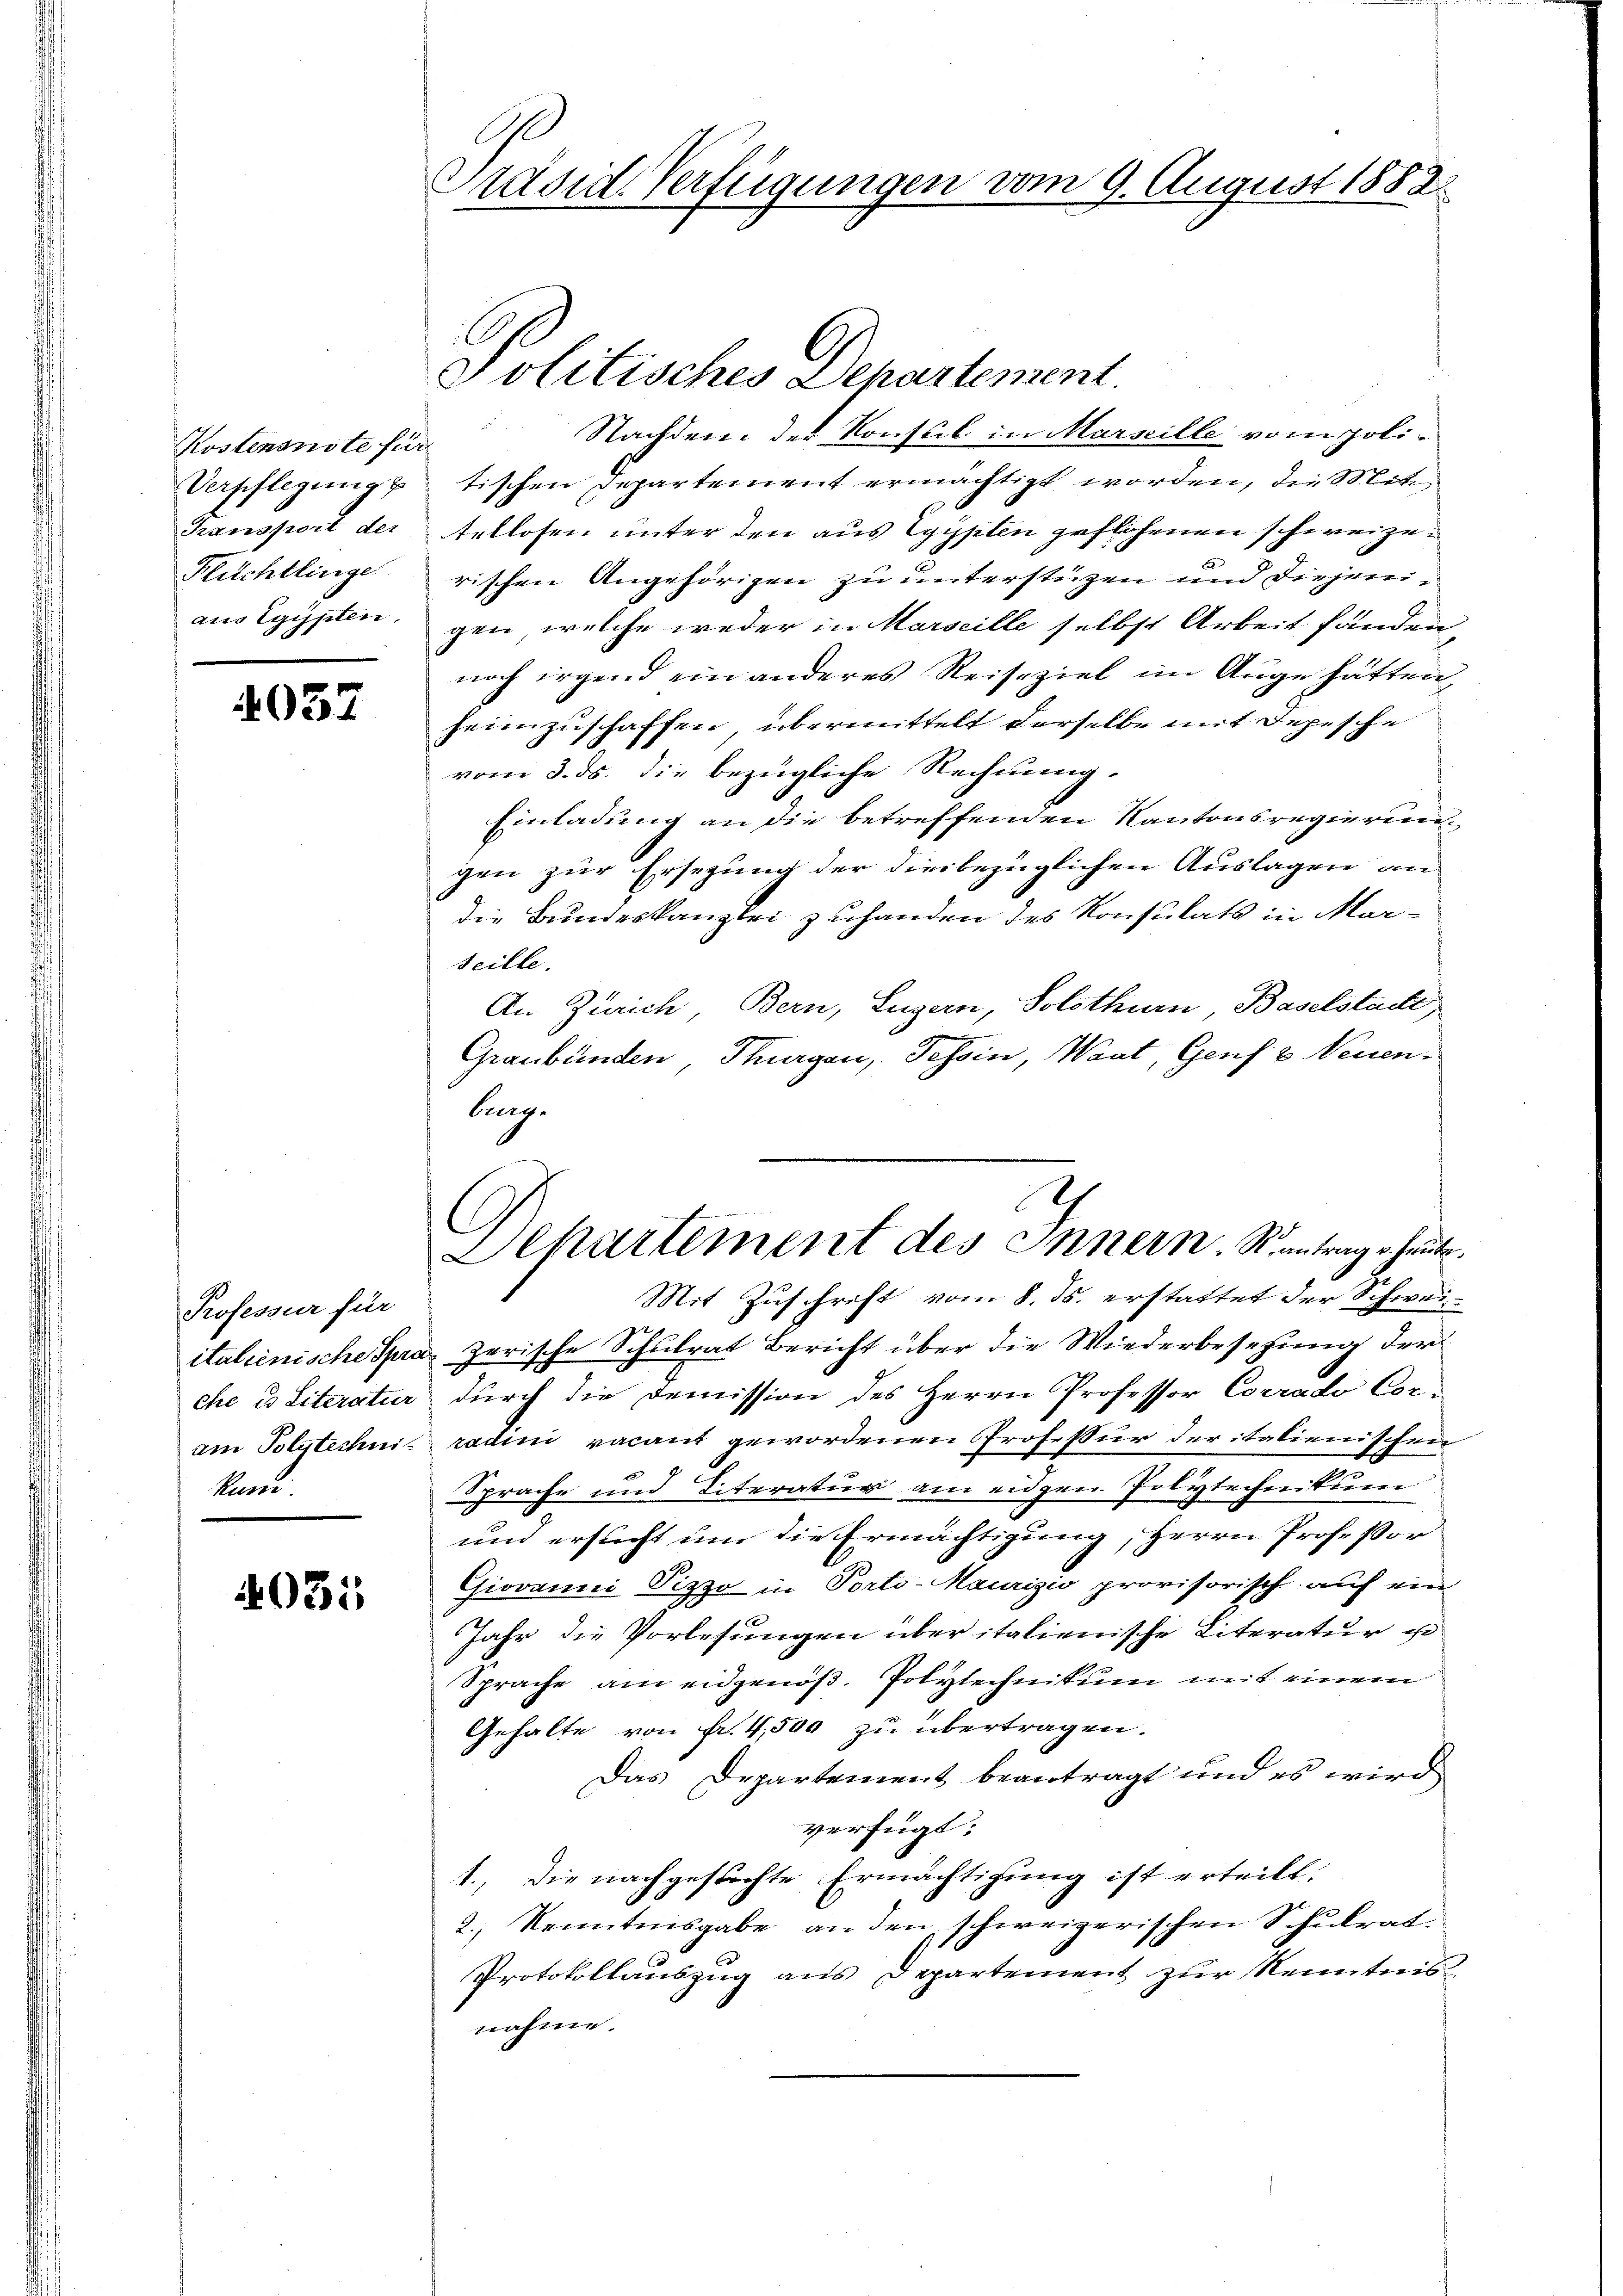
Kostensnote für
Flitchtlinge

4037

Professur für
Kuni.

4035

Ge
Präsid. Verfügungen vom 9. August 1882

s
Nachdem der Konsul in Marseille vom poli¬
Verpflegung tischen Departement ermächtigt worden, die Mitt
Transport der tellosen unter den aus Egypten geflohenen schweizen
rischen Angehörigen zu unterstützen und diejenian Egypten, gen welche weder in Marseille selbst Arbeit fänden
noch irgend ein anderes Reiseziel im Auge hätten,
heimzuschaffen, übermittelt derselbe mit Depesche
vom 3. ds. die bezügliche Rechnung.
Einladung an die betreffenden Kantonsregierung
gen zur Ersezung der diesbezüglichen Auslagen an
die Bundeskanzlei zuhanden des Konsulats in Marseille.
An Zürich, Bern, Luzern, Solothurn, Baselstadt,
Graubünden, Thurgau, Tessin, Waat, Genf v. Neuen-
lung.
C
Mit Zuschrift vom 8. ds. erstattet der Schweiitalienische Spras zerische Schulrat Bericht über die Wiederbesetzung der
ehe es Literatur durch die Demission des Herrn Professor Corrado Coram Polytechni- radini vacant gewordenen Professur der italienischen
Sprache und Literatur am eidgen Polytechreitieren
und ersucht um die Ermächtigung, Herrn Professor
Giovanni Pizzo in Porto-Maurizio provisorisch auf ein
Jahr die Vorlesungen über italienische Literatur ge
Sprache am eidgenöß. Polytechnikum mit einem
Gehalte von Fr. 4,500 zu übertragen.
Das Departement beantragt und es wird
verfügt:
1., Die nachgestochte Ermächtigung ist erteilt:
2.) Kenntnisgabe an den schweizerischen Schulrat.
Protokollauszug aus Departement zur Kenntnisnahme.

Politisches Departement

2
Departement des Innern. Rantrag u. heute.